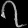
Digit: ၇